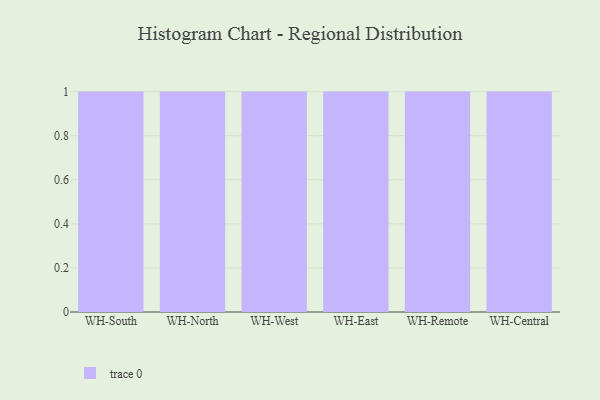
{"axis": {"x": "Warehouse", "y": "Website Visitors"}, "legend": [""], "data": [{"x": "WH-South", "y": 74, "type": ""}, {"x": "WH-North", "y": 54, "type": ""}, {"x": "WH-West", "y": 67, "type": ""}, {"x": "WH-East", "y": 23, "type": ""}, {"x": "WH-Remote", "y": 71, "type": ""}, {"x": "WH-Central", "y": 61, "type": ""}]}